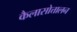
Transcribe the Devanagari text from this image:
कैलासोत्तालन